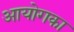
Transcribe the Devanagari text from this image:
आयोगका